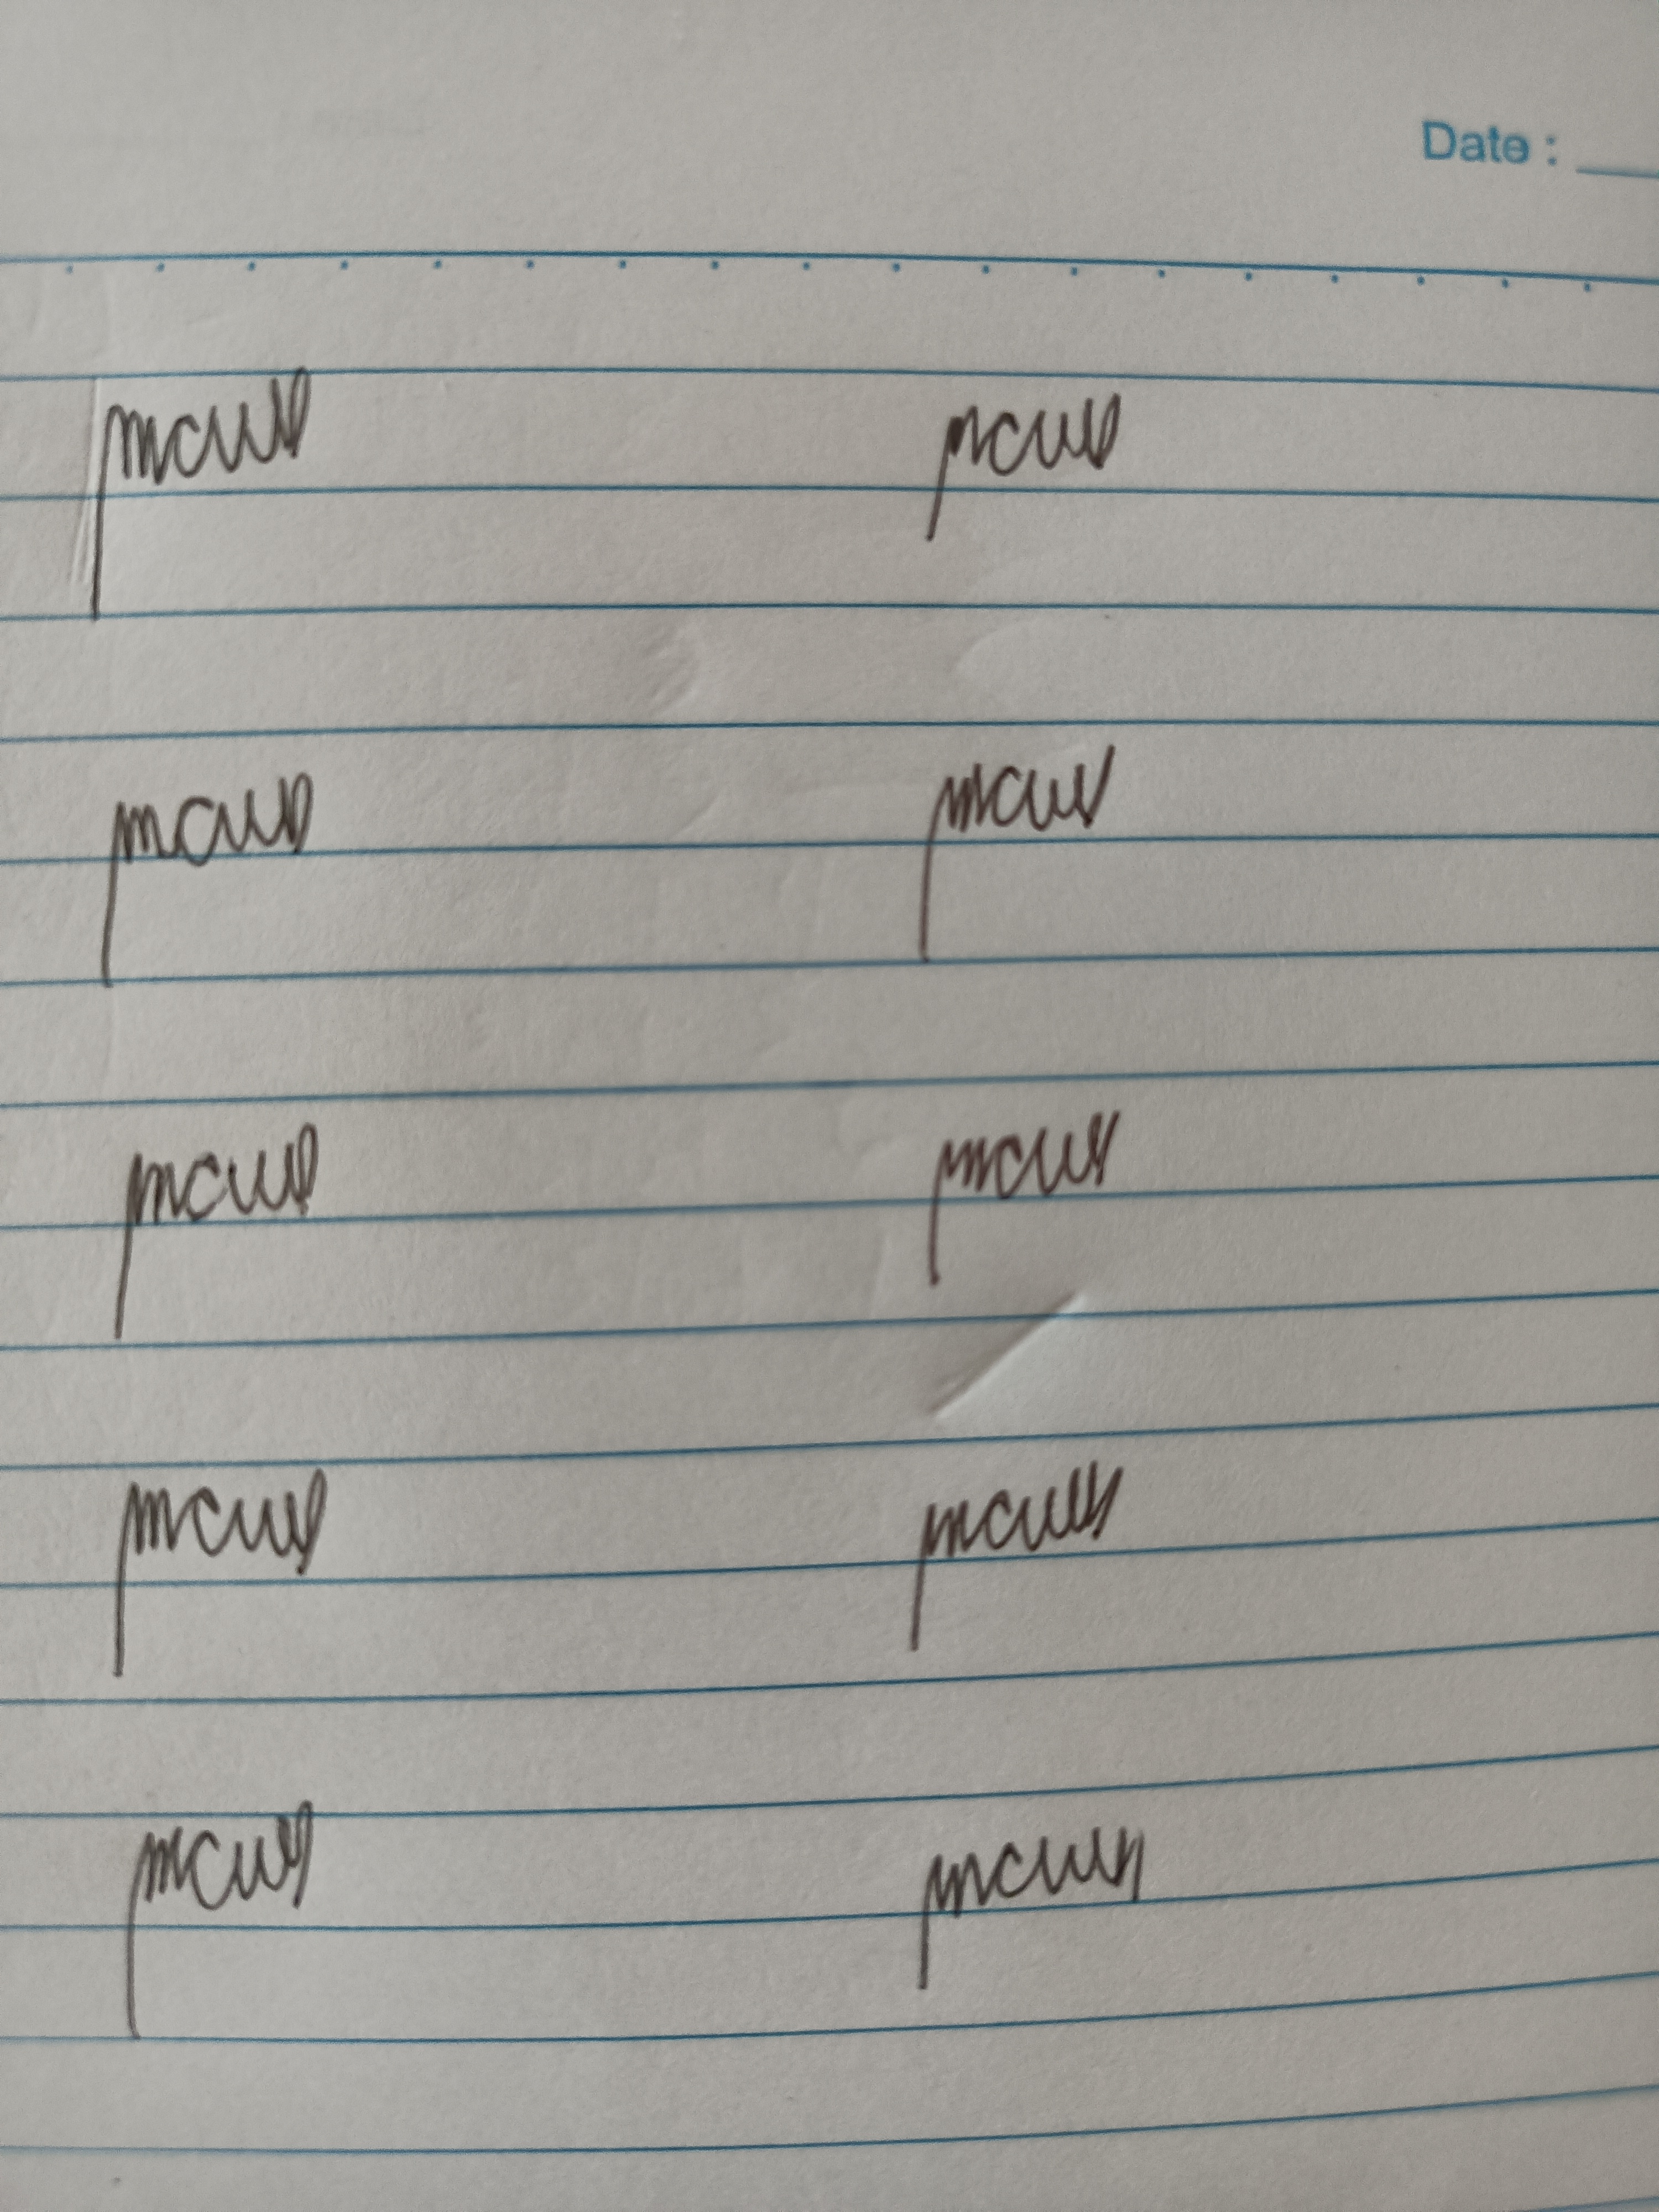
Signature authenticity: genuine